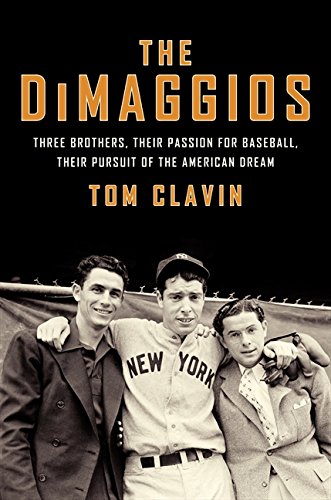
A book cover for The DiMaggios: Three Brothers, Their Passion for Baseball, Their Pursuit of the American Dream; Tom Clavin; Biographies & Memoirs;